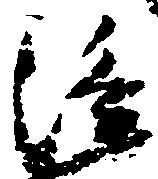
隆